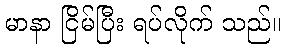
မာနာ ငြိမ်ပြီး ရပ်လိုက် သည်။